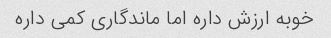
خوبه ارزش داره اما ماندگاری کمی داره